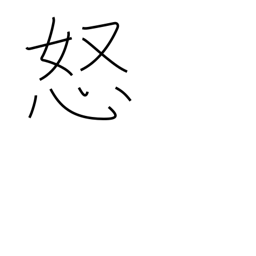
Meaning: be offended